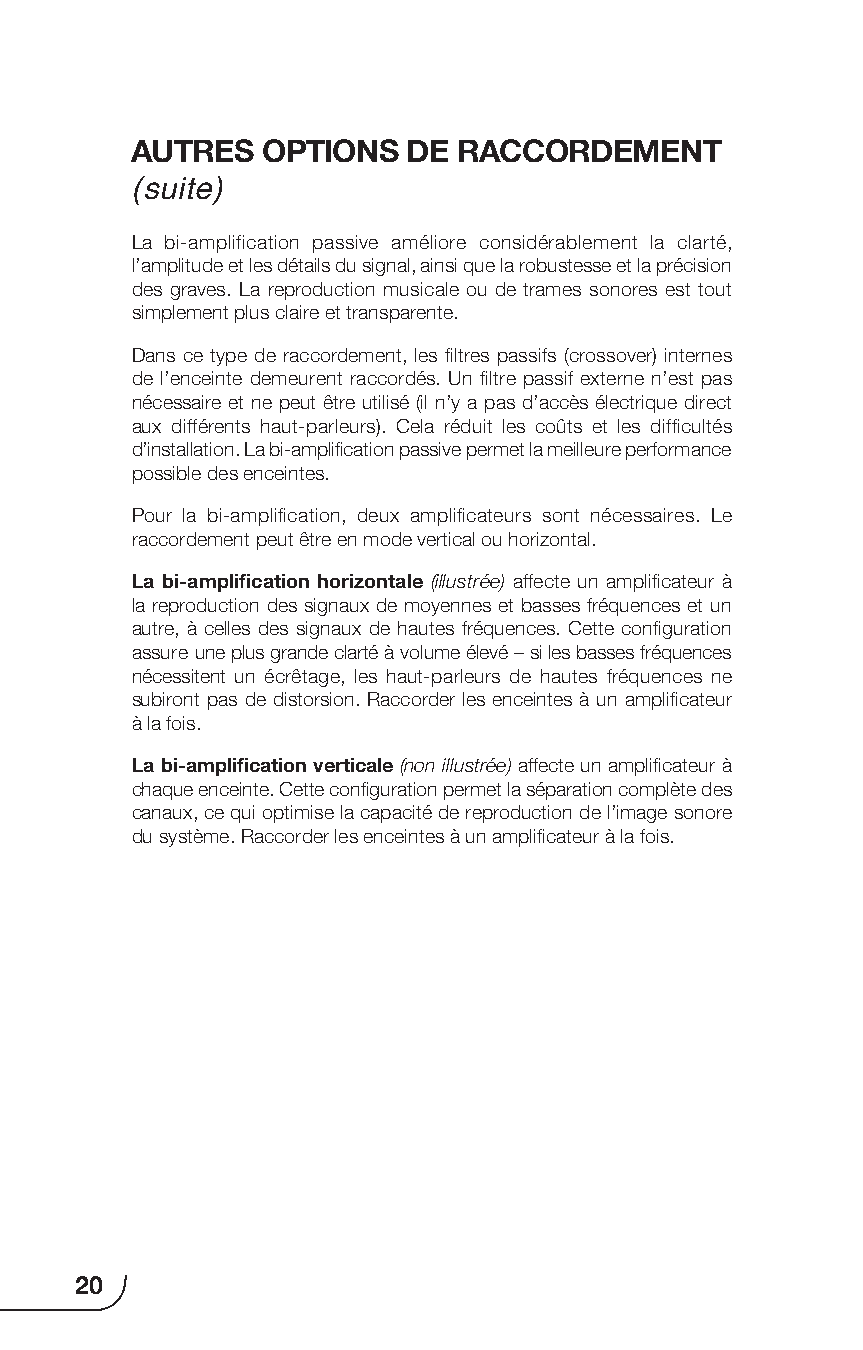
AUTRES  OPTIONS   DE RACCORDEMENT
 (suite)
 La bi-amplification passive améliore considérablement la clarté,
 l’amplitude et les détails du signal, ainsi que la robustesse et la précision
 des graves. La reproduction musicale ou de trames sonores est tout
 simplement plus claire et transparente.
 Dans ce type de raccordement, les filtres passifs (crossover) internes
 de l’enceinte demeurent raccordés. Un filtre passif externe n’est pas
 nécessaire et ne peut être utilisé (il n’y a pas d’accès électrique direct
 aux différents haut-parleurs). Cela réduit les coûts et les difficultés
 d’installation. La bi-amplification passive permet la meilleure performance
 possible des enceintes.
 Pour la bi-amplification, deux amplificateurs sont nécessaires. Le
 raccordement peut être en mode vertical ou horizontal.
 La bi-amplification horizontale (illustrée) affecte un amplificateur à
 la reproduction des signaux de moyennes et basses fréquences et un
 autre, à celles des signaux de hautes fréquences. Cette configuration
 assure une plus grande clarté à volume élevé – si les basses fréquences
 nécessitent un écrêtage, les haut-parleurs de hautes fréquences ne
 subiront pas de distorsion. Raccorder les enceintes à un amplificateur
 à la fois.
 La bi-amplification verticale (non illustrée) affecte un amplificateur à
 chaque enceinte. Cette configuration permet la séparation complète des
 canaux, ce qui optimise la capacité de reproduction de l’image sonore
 du système. Raccorder les enceintes à un amplificateur à la fois.
 20